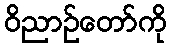
ဝိညာဉ်တော်ကို